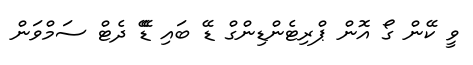
ވީ ކޭން ގޯ އޮން ޕްރިޓެންޑިންގް ޑޭ ބައި ޑޭޭ ދެޓް ސަމްވަން